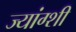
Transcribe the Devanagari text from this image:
ज्यांग्शी